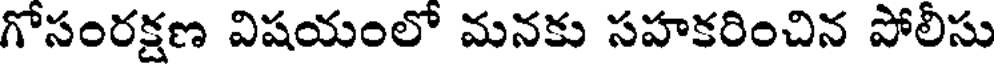
గోసంరక్షణ విషయంలో మనకు సహకరించిన పోలీసు